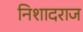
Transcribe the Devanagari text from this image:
निशादराज